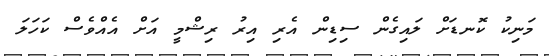
މަނިކު ކޮނޑަށް ލައިގެން ސިޑިން އެރި އިރު ރިޝްމީ އަށް އެއްވެސް ކަހަލަ